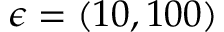
\epsilon = ( 1 0 , 1 0 0 )